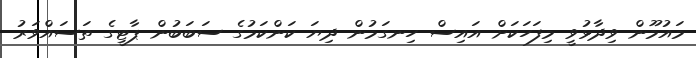
މައުމޫން ވިދާޅުވީ މިފަހަކަށް އައިސް ހިނގަމުން ދިޔަ ކަންކަމުގެ ސަބަބުން ޕާޓީގެ ތަސައްވަރު